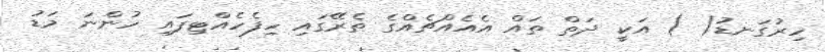
ހިރުގަނޑު( ) އަކީ ދަތް ތައް އެއެއްޗެއްގެ ތެރޭގައި ހިފެހެއްޓިފައި ހުންނަ މަޑު